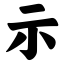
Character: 示